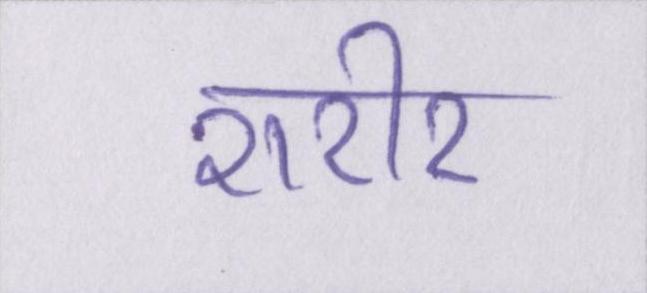
शरीर